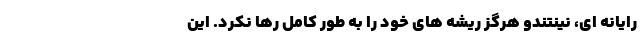
رایانه ای، نینتندو هرگز ریشه های خود را به طور کامل رها نکرد. این